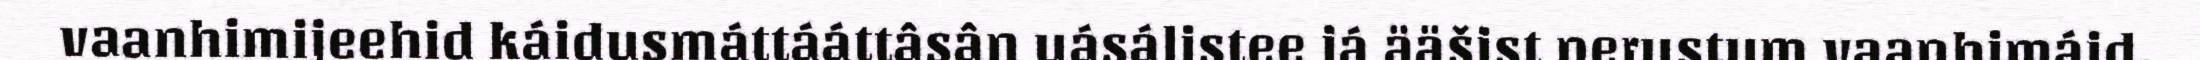
vaanhimijeehid káidusmáttááttâsân uásálistee já ääšist perustum vaanhimáid.